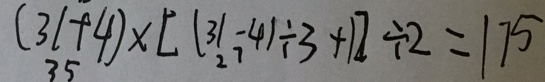
( 3 1 + 4 ) \times [ ( 3 1 - 4 ) \div 3 + 1 ] \div 2 = 1 7 5